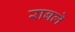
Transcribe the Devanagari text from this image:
राबले